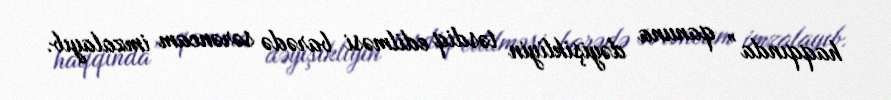
haqqında” qanuna dəyişikliyin təsdiq edilməsi barədə sərəncam imzalayıb.